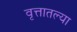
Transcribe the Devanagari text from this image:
वृत्तातल्या